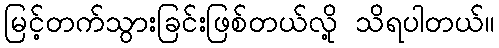
မြင့်တက်သွားခြင်းဖြစ်တယ်လို့ သိရပါတယ်။